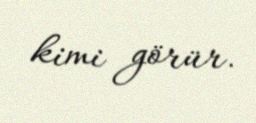
kimi görür.